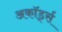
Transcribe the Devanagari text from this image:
अकॉर्ड्स